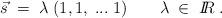
LaTeX: \begin{align*}\vec{s} \; = \; \lambda \; ( 1,1, \; ... \; 1 )\; \; \; \; \; \; \; \lambda \; \in \; I\!\!R \; .\end{align*}